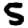
Digit: 5